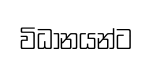
විධානයන්ට